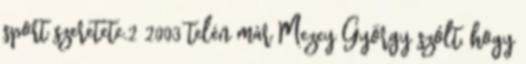
sport szeretete.2 2003 telén már Mezey György szólt, hogy